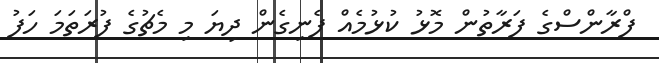
ފްރާންސްގެ ފަރާތުން މޮޅު ކުޅުމެއް ފެނިގެން ދިޔަ މި މެޗުގެ ފުރަތަމަ ހަފު